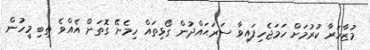
މުޒާހަރާ ކުރުމަށް ހަމަޖެހިފައިވާ ސަރަޙައްދުން ގޯޅިތައް ހިމެނޭ ގޮތަށް އެއްވެ ތިބި މީހުން